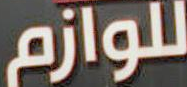
للوازم